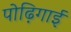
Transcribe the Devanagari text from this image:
पोढ़िगाई